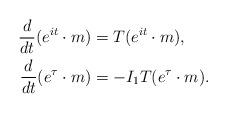
LaTeX: \begin{align*}\frac{d}{dt}(e^{it}\cdot m) &= T(e^{it}\cdot m),\\\frac{d}{dt}(e^\tau\cdot m) &= -I_1T(e^\tau\cdot m).\end{align*}